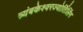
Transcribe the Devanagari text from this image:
त्र्यंबकेश्‍वरज्योर्तिलिंग